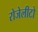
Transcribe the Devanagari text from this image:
रोजेलीटो